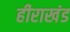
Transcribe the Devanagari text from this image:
हीराखंड